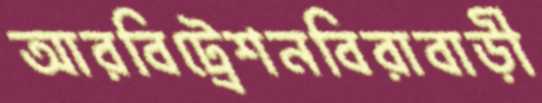
আরবিট্রেশনবিরাবাড়ী